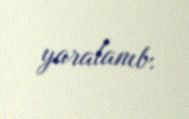
yaralanıb.